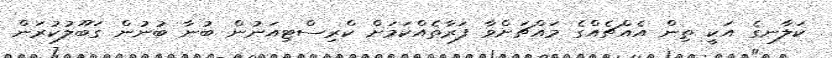
ކަލާނގެ އަކީ ތިން އެއްޗެއްގެ މައްޗަށްވާ ފަރާތެއްކަމަށް ކްރިސްޓިއަނުން ބުނާ ބުނުން ގަބޫލުކުރަން